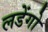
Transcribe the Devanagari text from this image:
लडेंगो